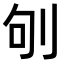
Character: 𠛎